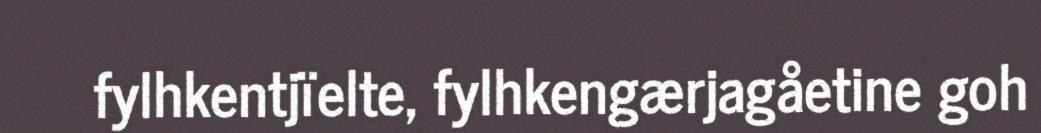
fylhkentjïelte, fylhkengærjagåetine goh